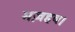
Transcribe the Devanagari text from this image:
मज़हब।